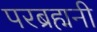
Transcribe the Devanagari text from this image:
परब्रह्मनी